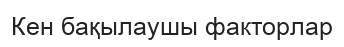
Кен бақылаушы факторлар